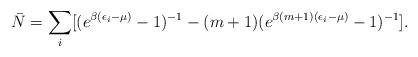
LaTeX: \begin{align*}\bar N=\sum_i [ (e^{\beta(\epsilon_i-\mu)}-1)^{-1}-(m+1)(e^{\beta(m+1)(\epsilon_i-\mu)}-1)^{-1}].\end{align*}